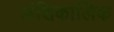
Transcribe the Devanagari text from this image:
अंशिकालिक